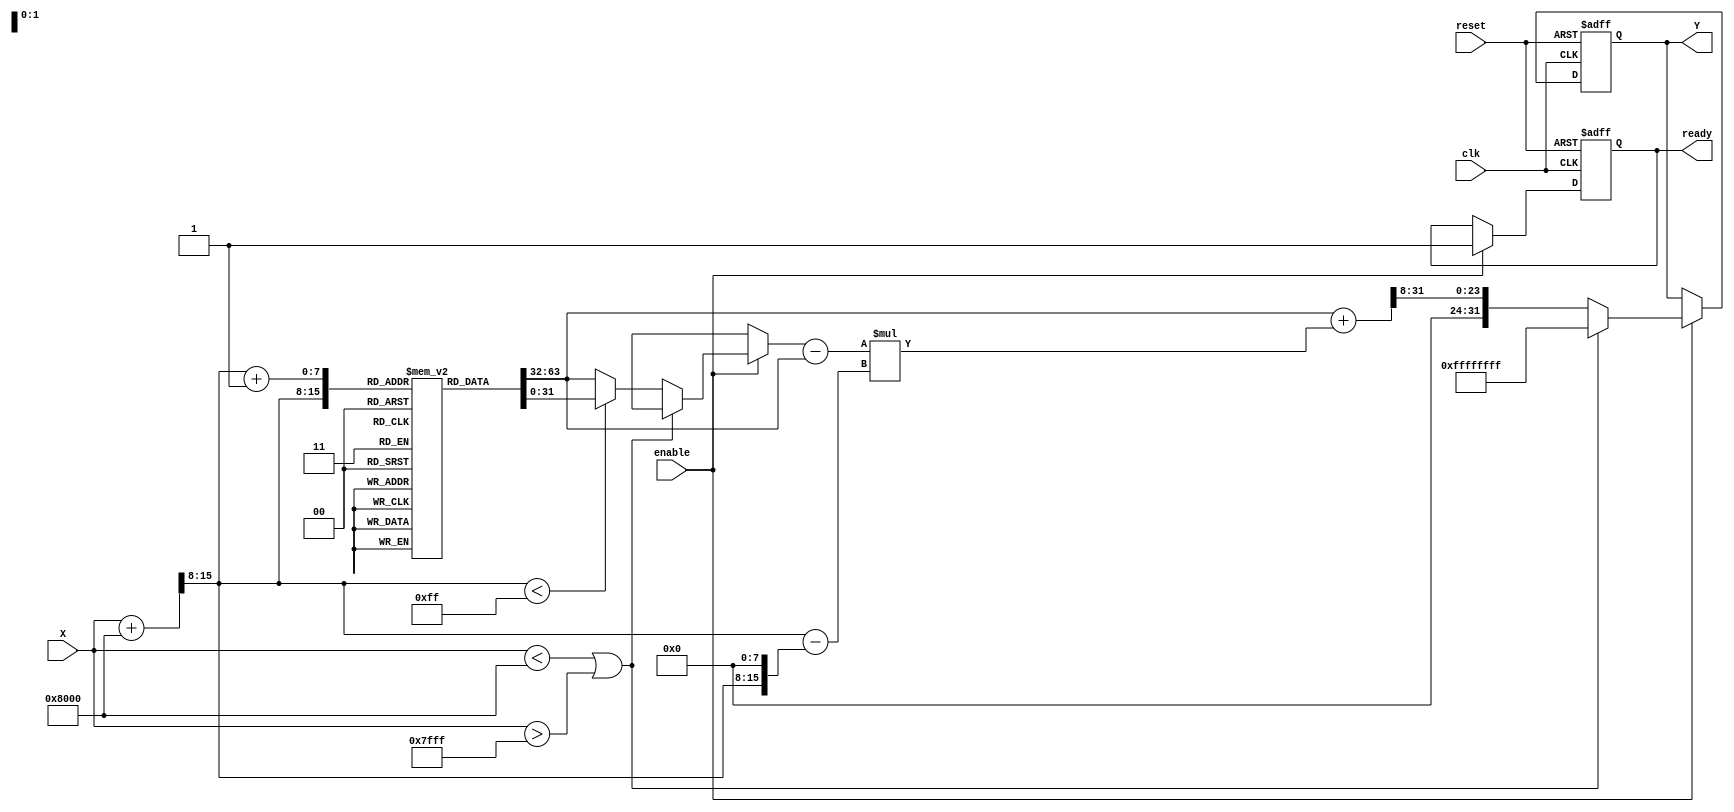
module acos_block (
    input wire clk,
    input wire reset,
    input wire enable,
    input wire signed [15:0] X, // Input: Fixed-point representation of cosine value
    output reg signed [31:0] Y,  // Output: Fixed-point representation of angle in radians
    output reg ready             // Output: Signal indicating output is valid
);

    // Parameters
    parameter LUT_SIZE = 256;
    parameter LUT_WIDTH = 32; // Width of LUT entries (in bits)
    parameter INTERPOLATION_FACTOR = 8; // Factor for interpolation precision

    // Lookup Table for acos values (precomputed)
    reg [LUT_WIDTH-1:0] lut [0:LUT_SIZE-1];

    // Internal signals
    reg signed [15:0] input_scaled;
    reg [7:0] lut_index;
    reg [7:0] lut_index_next;
    reg [LUT_WIDTH-1:0] lut_value1, lut_value2;
    reg [LUT_WIDTH-1:0] lut_interp;
    reg signed [15:0] fractional_part;

    // Initialize the LUT with precomputed acos values
    initial begin
        // Fill the LUT with precomputed values of acos for discrete inputs
        // This should be done with actual acos values scaled appropriately
        // Example: lut[0] = 32'h00000000; // acos(-1) = 0
        // Example: lut[128] = 32'h00000080; // acos(0) = /2
        // Example: lut[255] = 32'h000000C0; // acos(1) = 
        // Fill in the rest of the LUT here...
    end

    // Range Check and LUT Access
    always @(posedge clk or posedge reset) begin
        if (reset) begin
            Y <= 32'b0;
            ready <= 1'b0;
        end else if (enable) begin
            // Range check
            if (X < -16'h8000 || X > 16'h7FFF) begin
                Y <= 32'hFFFFFFFF; // Error value (NaN)
                ready <= 1'b1;
            end else begin
                // Scale input to LUT index
                input_scaled = (X + 16'h8000) >> 8; // Scale from [-1, 1] to [0, 255]
                lut_index = input_scaled[7:0];

                // Get LUT values
                lut_value1 = lut[lut_index];
                if (lut_index < LUT_SIZE - 1) begin
                    lut_value2 = lut[lut_index + 1];
                end else begin
                    lut_value2 = lut[lut_index]; // Handle edge case
                end

                // Calculate fractional part for interpolation
                fractional_part = input_scaled - {lut_index, 8'b0};

                // Linear interpolation
                lut_interp = lut_value1 + ((lut_value2 - lut_value1) * fractional_part) >> INTERPOLATION_FACTOR;

                // Set output and ready signal
                Y <= lut_interp;
                ready <= 1'b1;
            end
        end
    end

endmodule